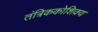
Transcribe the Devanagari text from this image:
तंत्रिककोशिक्य